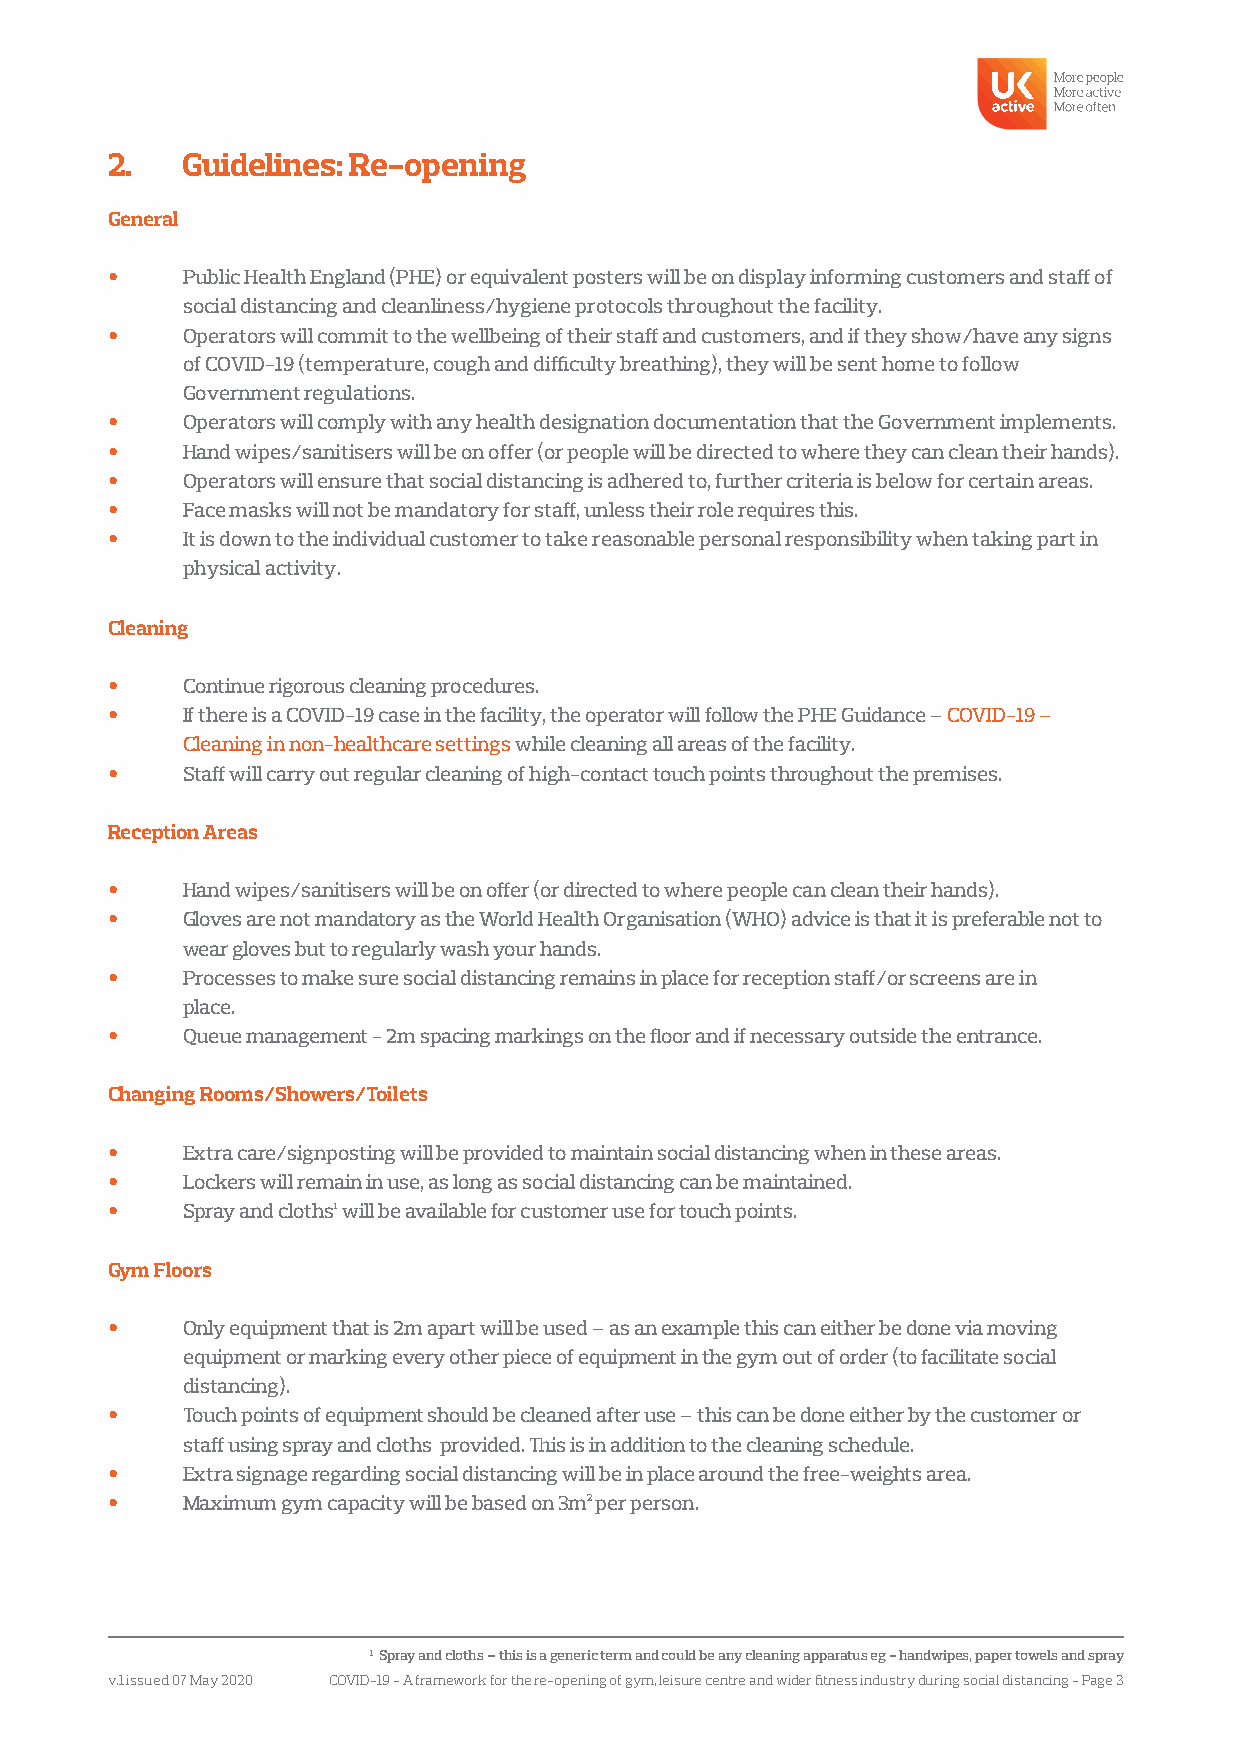
2.   Guidelines: Re-opening
 General
 •    Public Health England (PHE) or equivalent posters will be on display informing customers and staff of
 social distancing and cleanliness/hygiene protocols throughout the facility.
 •    Operators will commit to the wellbeing of their staff and customers, and if they show/have any signs
 of COVID-19 (temperature, cough and difficulty breathing), they will be sent home to follow
 Government regulations.
 •    Operators will comply with any health designation documentation that the Government implements.
 •    Hand wipes/sanitisers will be on offer (or people will be directed to where they can clean their hands).
 •    Operators will ensure that social distancing is adhered to, further criteria is below for certain areas.
 •    Face masks will not be mandatory for staff, unless their role requires this.
 •    It is down to the individual customer to take reasonable personal responsibility when taking part in
 physical activity.
 Cleaning
 •    Continue rigorous cleaning procedures.
 •    If there is a COVID-19 case in the facility, the operator will follow the PHE Guidance – COVID-19 –
 Cleaning in non-healthcare settings while cleaning all areas of the facility.
 •    Staff will carry out regular cleaning of high-contact touch points throughout the premises.
 Reception Areas
 •    Hand wipes/sanitisers will be on offer (or directed to where people can clean their hands).
 •    Gloves are not mandatory as the World Health Organisation (WHO) advice is that it is preferable not to
 wear gloves but to regularly wash your hands.
 •    Processes to make sure social distancing remains in place for reception staff/or screens are in
 place.
 •    Queue management - 2m spacing markings on the floor and if necessary outside the entrance.
 Changing Rooms/Showers/Toilets
 •    Extra care/signposting will be provided to maintain social distancing when in these areas.
 •    Lockers will remain in use, as long as social distancing can be maintained.
 •    Spray and cloths 1 will be available for customer use for touch points.
 Gym Floors
 •    Only equipment that is 2m apart will be used – as an example this can either be done via moving
 equipment or marking every other piece of equipment in the gym out of order (to facilitate social
 distancing).
 •    Touch points of equipment should be cleaned after use – this can be done either by the customer or
 staff using spray and cloths provided. This is in addition to the cleaning schedule.
 •    Extra signage regarding social distancing will be in place around the free-weights area.
 •    Maximum gym capacity will be based on 3m2 per person.
 1 Spray and cloths – this is a generic term and could be any cleaning apparatus eg - handwipes, paper towels and spray
 v.1 issued 07 May 2020 COVID-19 - A framework for the re-opening of gym, leisure centre and wider fitness industry during social distancing - Page 3